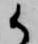
御